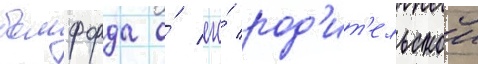
бомфорда о́ его́ род'ит'ельскои